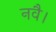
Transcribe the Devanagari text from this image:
नवै।